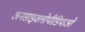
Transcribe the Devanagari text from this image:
अनसाइक्लोपीडियाओं